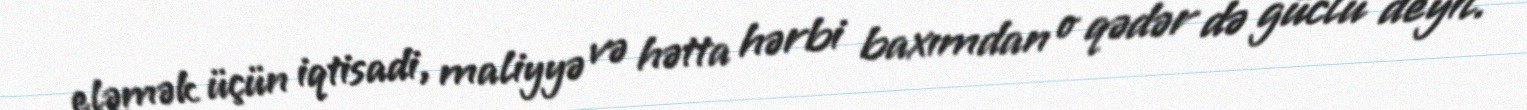
eləmək üçün iqtisadi, maliyyə və hətta hərbi baxımdan o qədər də güclü deyil.